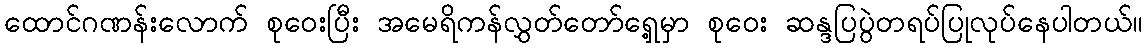
ထောင်ဂဏန်းလောက် စုဝေးပြီး အမေရိကန်လွှတ်တော်ရှေ့မှာ စုဝေး ဆန္ဒပြပွဲတရပ်ပြုလုပ်နေပါတယ်။